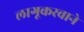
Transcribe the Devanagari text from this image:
लागूकरवाने